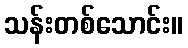
သန်းတစ်သောင်း။